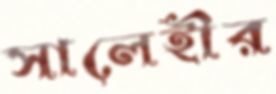
সালেহীর